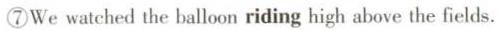
⑦We watched the balloon riding high above the fields.